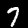
Digit: 7